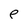
Character: e